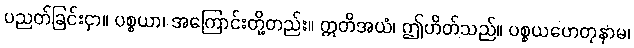
ပညတ်ခြင်းငှာ။ ပစ္စယာ၊ အကြောင်းတို့တည်း။ ဣတိအယံ၊ ဤဟိတ်သည်။ ပစ္စယဟေတုနာမ၊